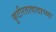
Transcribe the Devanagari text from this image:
फुटीरतावादाच्या